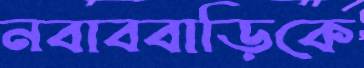
নবাববাড়িকে